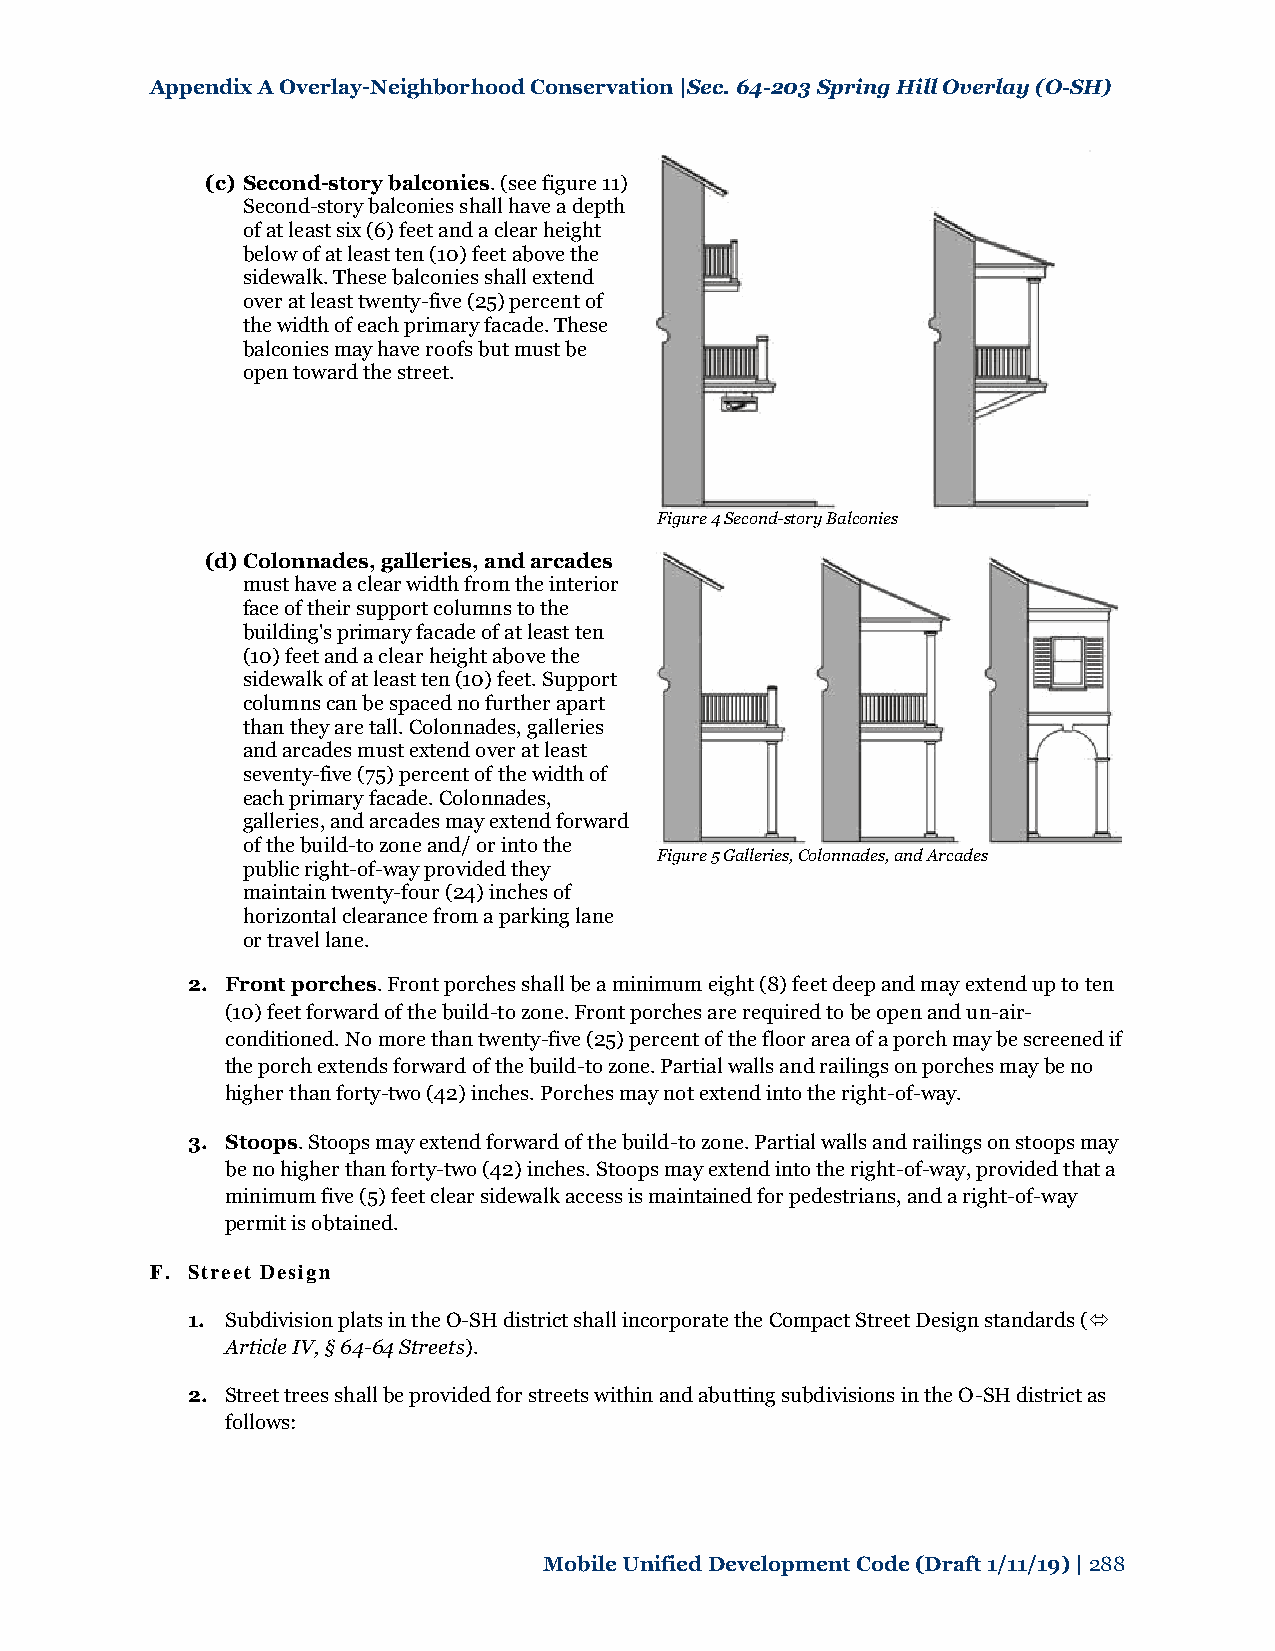
Appendix A Overlay-Neighborhood Conservation |Sec. 64-203 Spring Hill Overlay (O-SH)
 (c) Second-story balconies. (see figure 11)
 Second-story balconies shall have a depth
 of at least six (6) feet and a clear height
 below of at least ten (10) feet above the
 sidewalk. These balconies shall extend
 over at least twenty-five (25) percent of
 the width of each primary facade. These
 balconies may have roofs but must be
 open toward the street.
 Figure 4 Second-story Balconies
 (d) Colonnades, galleries, and arcades
 must have a clear width from the interior
 face of their support columns to the
 building's primary facade of at least ten
 (10) feet and a clear height above the
 sidewalk of at least ten (10) feet. Support
 columns can be spaced no further apart
 than they are tall. Colonnades, galleries
 and arcades must extend over at least
 seventy-five (75) percent of the width of
 each primary facade. Colonnades,
 galleries, and arcades may extend forward
 of the build-to zone and/ or into the
 Figure 5 Galleries, Colonnades, and Arcades
 public right-of-way provided they
 maintain twenty-four (24) inches of
 horizontal clearance from a parking lane
 or travel lane.
 2. Front porches. Front porches shall be a minimum eight (8) feet deep and may extend up to ten
 (10) feet forward of the build-to zone. Front porches are required to be open and un-air-
 conditioned. No more than twenty-five (25) percent of the floor area of a porch may be screened if
 the porch extends forward of the build-to zone. Partial walls and railings on porches may be no
 higher than forty-two (42) inches. Porches may not extend into the right-of-way.
 3. Stoops. Stoops may extend forward of the build-to zone. Partial walls and railings on stoops may
 be no higher than forty-two (42) inches. Stoops may extend into the right-of-way, provided that a
 minimum five (5) feet clear sidewalk access is maintained for pedestrians, and a right-of-way
 permit is obtained.
 F. Street Design
 1. Subdivision plats in the O-SH district shall incorporate the Compact Street Design standards (
 Article IV, § 64-64 Streets).
 2. Street trees shall be provided for streets within and abutting subdivisions in the O-SH district as
 follows:
 Mobile Unified Development Code (Draft 1/11/19) | 288